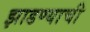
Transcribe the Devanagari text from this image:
झाडण्याची